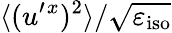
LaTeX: \langle{(u^{\prime}{}^{x})^{2}}\rangle/\sqrt{\varepsilon_{\textrm{iso}}}